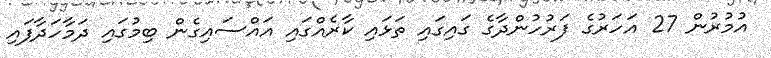
އުމުރުން 27 އަހަރުގެ ފަރުހުންދާގެ ގައިގައި ތަޅައި ކާރެއްގައި އައްސައިގެން ބިމުގައި ދަމާހަދާފައި